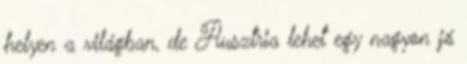
helyen a világban, de Ausztria lehet egy nagyon jó